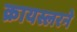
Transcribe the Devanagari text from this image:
क्रायस्लरने